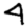
Digit: 4